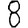
Digit: 8